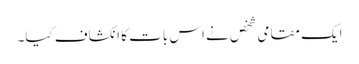
ایک مقامی شخص نے اس بات کا انکشاف کیا۔